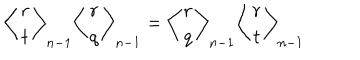
LaTeX: \left\langle \begin{array} { c c } { { r } } \\ { { t } } \\ \end{array} \right\rangle _ { n - 1 } \left\langle \begin{array} { c c } { { r } } \\ { { q } } \\ \end{array} \right\rangle _ { n - 1 } = \left\langle \begin{array} { c c } { { r } } \\ { { q } } \\ \end{array} \right\rangle _ { n - 1 } \left\langle \begin{array} { c c } { { r } } \\ { { t } } \\ \end{array} \right\rangle _ { n - 1 }